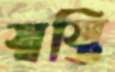
স্বস্তি